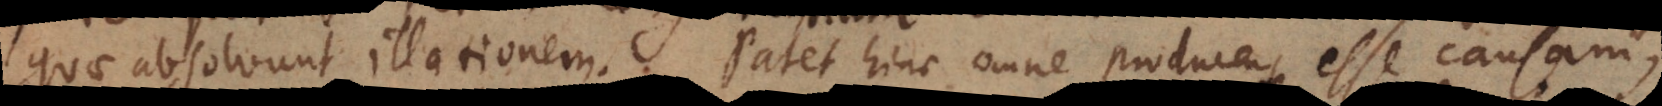
quae absolvunt illationem. Patet hinc omne producens esse causam,